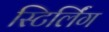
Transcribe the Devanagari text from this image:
स्टिर्लिंग